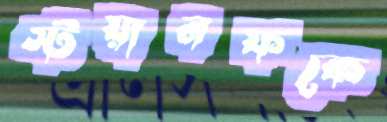
স্টয়ানফকে